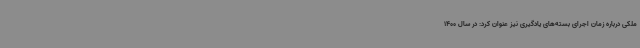
ملکی درباره زمان اجرای بسته‌های یادگیری نیز عنوان کرد: در سال 1400